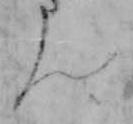
ん